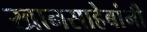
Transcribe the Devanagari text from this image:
खानसाहेबांनी